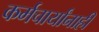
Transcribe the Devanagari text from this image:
कर्मचार्यांनाही